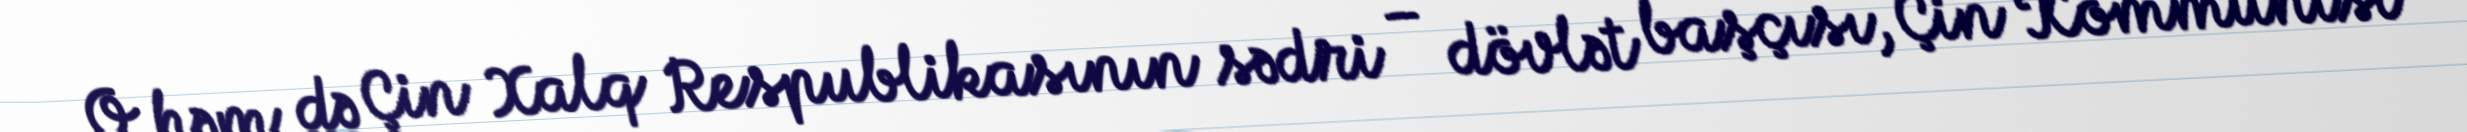
O həm də Çin Xalq Respublikasının sədri – dövlət başçısı, Çin Kommunist